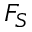
F _ { S }